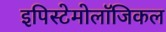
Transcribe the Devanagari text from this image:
इपिस्टेमोलॉजिकल